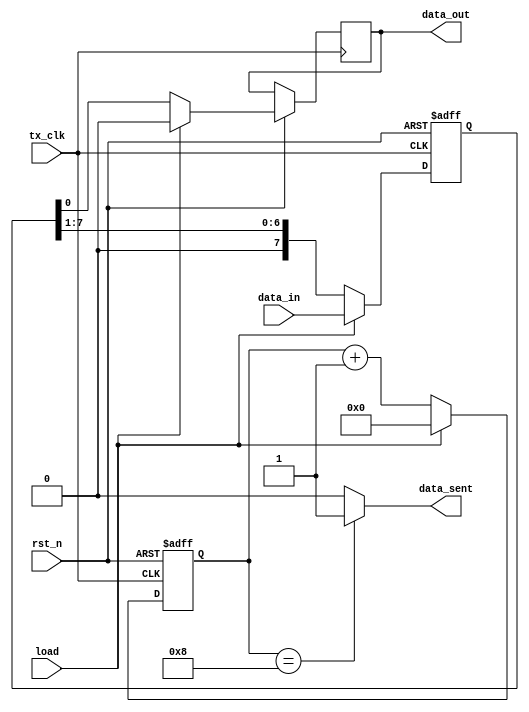
//Module Piso implementation 
module piso(input wire tx_clk,input wire rst_n,input wire load,input wire[7:0]data_in,output reg data_out,output wire data_sent);
  reg[7:0] data_reg;
  reg[3:0] count;
  
  always @(posedge tx_clk or negedge rst_n)  begin
    if(!rst_n) begin
      data_reg <= 8'h00; //Reset data register
      count    <= 4'b0000; 
 
   end 
    else begin
      //if load signal is set then load the parallel data inside the register and reset serial data out
      if(load) begin
      {data_reg,data_out} <= {data_in,1'b0};
      count    <= 4'b0000;
      end
    // if load is 0 then shift the data register by 1 bit right and out the right significant inside register to the serial out
      else begin
        {data_reg,data_out} <= {1'b0,data_reg};
        count <= count + 1'b1;
      end
    end
  end
  
  assign data_sent = (count == 4'b1000)?1'b1:1'b0;
 
  
endmodule

//Parity Generator Module
module parity_generator #(parameter data_width = 8)(input wire parity_enable,input wire[data_width-1:0] data,output reg parity);
  always@(parity_enable or data) begin
    if(parity_enable)
      parity = ^data;
    else
      parity = 0;
  end
endmodule

//MUX module which generate bit (start/data/parity/stop) according to section number
module mux_tx(input wire data_bit,input wire parity_bit,input wire[2:0] select,output reg mux_out);

  always@(select or data_bit) begin
    case(select)
      3'b000:   mux_out = 1'b1;
      3'b001:   mux_out = 1'b0;
      3'b010:   mux_out = data_bit;
      3'b011:   mux_out = parity_bit;
      3'b100:   mux_out = 1'b1;
      default:  mux_out =  1'b1;
    endcase
  end
endmodule

//Finite State Machine Module
module fsm_tx(
    input wire tx_clk,
    input wire rst_n,
    input wire tx_start,
    input wire tx_enable,
    input wire data_sent,
    output reg [2:0] select,
    output reg load,
    output reg parity_enable,
    output reg done,
    output reg busy
);
  localparam[2:0] IDLE        = 3'b000,
                  START_BIT   = 3'b001,
                  DATA_BIT    = 3'b010,
                  PARITY_BIT  = 3'b011,
                  STOP_BIT    = 3'b100;
 
  
 
  reg [2:0] state;
  reg [2:0] next_state;
    
    always @(posedge tx_clk or negedge rst_n) begin
      if(~rst_n) begin
        state <= IDLE;
      end
      else begin
        state <= next_state;
      end
    end
    
    always @(state or tx_start or tx_enable or data_sent) begin
      case(state)
            IDLE       : begin
                if (tx_start  & tx_enable) begin
                    next_state <= START_BIT;
                end 
            end
            START_BIT    : begin
                next_state   <= DATA_BIT;
            end
            DATA_BIT     : begin // Wait 8 clock cycles for data bits to be sent
                if (data_sent)
                    next_state   <= PARITY_BIT;
                else
                    next_state   <= DATA_BIT;
            end
            PARITY_BIT   : begin // Send out parity bit (even parity)
                next_state   <= STOP_BIT;
            end
            STOP_BIT     : begin // Send out Stop bit (high)
                next_state   <= IDLE;
            end
            default      : begin
                next_state   <= IDLE;
            end
        endcase
    end
    
    always @(state or tx_start or tx_enable ) begin
        case (state)
            IDLE            : begin
                select        <= 3'b000;
                load          <= 1'b1;
                parity_enable <= 1'b0;
                done          <= 1'b0;
                busy          <= 1'b0;
            end
            START_BIT  : begin
                select        <= 3'b001;
                load          <= 1'b0;
                parity_enable <= 1'b1;
                done          <= 1'b0;
                busy          <= 1'b1;
            end
            DATA_BIT  : begin // Wait 8 clock cycles for data bits to be sent
                select        <= 3'b010;
                load          <= 1'b0;
                parity_enable <= 1'b1;
                done          <= 1'b0;
                busy          <= 1'b1;
            end
            PARITY_BIT   : begin // Send out parity bit (even parity)
                select        <= 3'b011;
                load          <= 1'b1;
                parity_enable <= 1'b1;
                done          <= 1'b0;
                busy          <= 1'b1;
            end
            STOP_BIT   : begin // Send out Stop bit (high)
                select        <= 3'b100;
                load          <= 1'b1;
                parity_enable <= 1'b0;
                done          <= 1'b1;
                busy          <= 1'b0;
            end
            default     : begin
                select        <= 3'b000;
                load          <= 1'b1;
                parity_enable <= 1'b0;
                done          <= 1'b0;
                busy          <= 1'b0;
            end
        endcase
    end
endmodule

module transmitter(
    input  wire       tx_clk,         // baud rate
    input  wire       rst_n,         //reset
    input  wire       tx_start,     // start of transaction
    input  wire       tx_enable,
    input  wire [7:0] tx_data_in,   // data to transmit
    output wire       tx_data_out,  // out of mux
    output wire        done,         // end on transaction
    output wire        busy          // transaction is in process
);
   wire data_sent,load,parity_enable,parity_bit;
   wire data_bit; //Data bit without start or stop bit to be input for mux
   wire[2:0] select;
     
  fsm_tx t1(
  .tx_clk(tx_clk),
  .rst_n(rst_n),
  .tx_start(tx_start),
  .tx_enable(tx_enable),
  .data_sent(data_sent),
  .select(select),
  .load(load),
  .parity_enable(parity_enable),
  .done(done),
  .busy(busy)
 );
 piso t2(.tx_clk(tx_clk),.rst_n(rst_n),.load(load),.data_in(tx_data_in),.data_out(data_bit),.data_sent(data_sent));
 parity_generator t3(.parity_enable(parity_enable),.data(tx_data_in),.parity(parity_bit));
 mux_tx t4(.data_bit(data_bit),.parity_bit(parity_bit),.select(select),.mux_out(tx_data_out));
    
endmodule